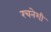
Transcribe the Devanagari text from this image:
रचनेशी